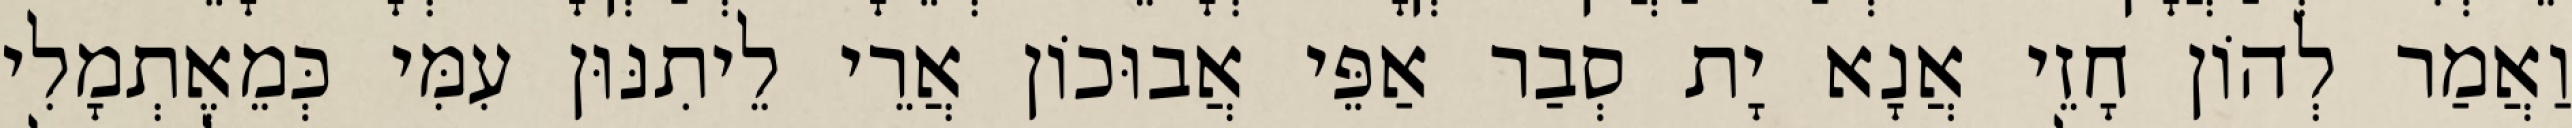
וַאֲמַר לְהוֹן חָזֵי אֲנָא יָת סְבַר אַפֵּי אֲבוּכוֹן אֲרֵי לֵיתִנּוּן עִמִּי כְּמֵאֶתְמָלִי